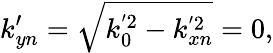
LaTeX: k_{yn}^{\prime}=\sqrt{k_{0}^{'2}-k_{xn}^{'2}}=0,